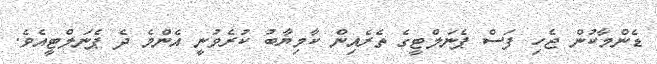
ޑެންމާކުން ޖެހި ފަސް ޕެނަލްޓީގެ ތެރެއިން ކާމިޔާބު ކުރެވުނީ އެންމެ ދެ ޕެނަލްޓީއެވެ.